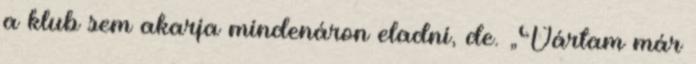
a klub sem akarja mindenáron eladni, de. „Vártam már